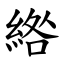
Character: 綹